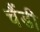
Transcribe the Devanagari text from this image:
चैंडी